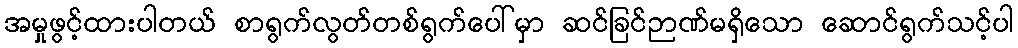
အမှုဖွင့်ထားပါတယ် စာရွက်လွတ်တစ်ရွက်ပေါ်မှာ ဆင်ခြင်ဉာဏ်မရှိသော ဆောင်ရွက်သင့်ပါ